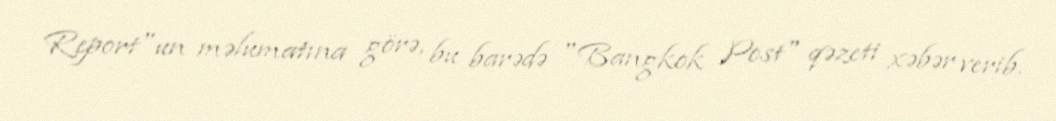
Report"un məlumatına görə, bu barədə "Bangkok Post" qəzeti xəbər verib.